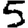
Digit: 5